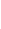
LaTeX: Ff\! \! \! \! \! \! \! \! \! \! \! \! (\! \! \! \! \! \! \! \! \! \! \! \! \mathbf{x}\! \! \! \! \! \! \! \! \! \! \! \! )\! \! \! \! \! \! \! \! \! \! \! \! =\! \! \! \! \! \! \! \! \! \! \! \! \langle\! \! \! \! \! \! \! \! \! \! \! \! \! \! \! \! \! \! \! \! \! \! \! \! \nabla\! \! \! \! \! \! \! \! \! \! \! \! f\! \! \! \! \! \! \! \! \! \! \! \! (\! \! \! \! \! \! \! \! \! \! \! \! \mathbf{x}\! \! \! \! \! \! \! \! \! \! \! \! )\! \! \! \! \! \! \! \! \! \! \! \! ,F\! \! \! \! \! \! \! \! \! \! \! \! (\! \! \! \! \! \! \! \! \! \! \! \! \mathbf{x}\! \! \! \! \! \! \! \! \! \! \! \! )\! \! \! \! \! \! \! \! \! \! \! \! \rangle\! \! \! \! \! \! \! \! \! \! \!